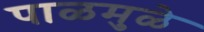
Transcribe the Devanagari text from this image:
पाळमुळे